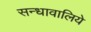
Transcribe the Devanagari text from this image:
सन्धावालिये